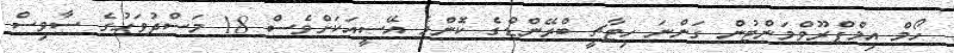
ހޯމް އިމްޕްރޫވްމަންޓުން ގަންނަ ހިޓާޗީ ބްރޭންޑްގެ ކޮންމެ އޭސީއަކަށްވެސް 18 މަސްދުވަހުގެ ސާވިސް